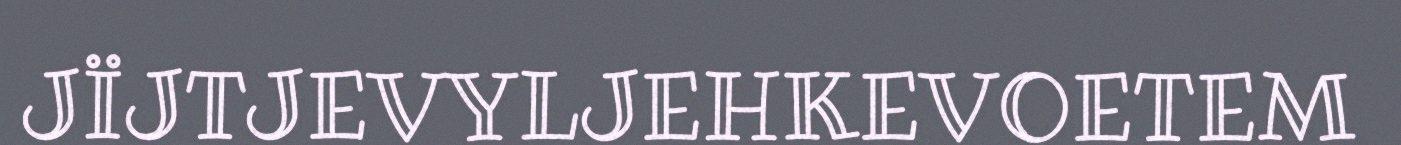
JÏJTJEVYLJEHKEVOETEM